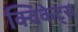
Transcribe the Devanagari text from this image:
क्विकेट्स